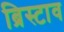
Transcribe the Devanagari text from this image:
ब्रिस्टाव